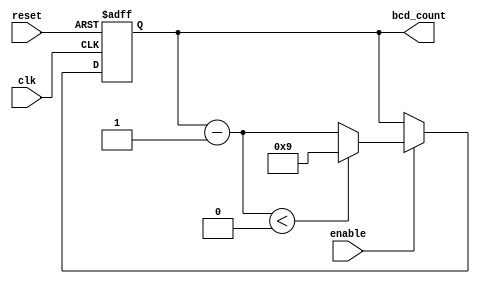
module BCD_Down_Counter_with_Enable (
    input wire clk,
    input wire reset,
    input wire enable,
    output reg [3:0] bcd_count
);

reg [3:0] next_bcd_count;

always @ (posedge clk or posedge reset) begin
    if (reset) begin
        bcd_count <= 4'b1001; // Initialize counter value to 9 in BCD format
    end else if (enable) begin
        next_bcd_count = bcd_count - 1;
        if (next_bcd_count < 4'b0000) begin
            bcd_count <= 4'b1001; // Reset counter value to 9 when underflow
        end else begin
            bcd_count <= next_bcd_count; // Update counter value with new BCD value
        end
    end
end

endmodule